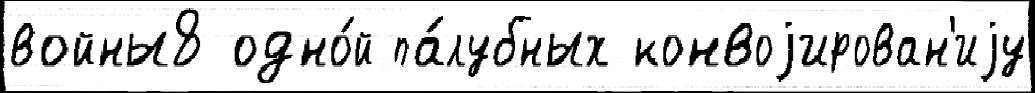
войны8 одно́й па́лубных конвоjирован'иjу